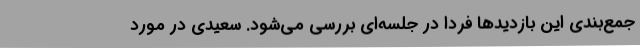
جمع‌بندی این بازدیدها فردا در جلسه‌ای بررسی می‌شود. سعیدی در مورد